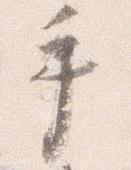
手